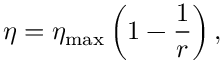
\eta = \eta _ { \mathrm { m a x } } \left( 1 - \frac { 1 } { r } \right) ,